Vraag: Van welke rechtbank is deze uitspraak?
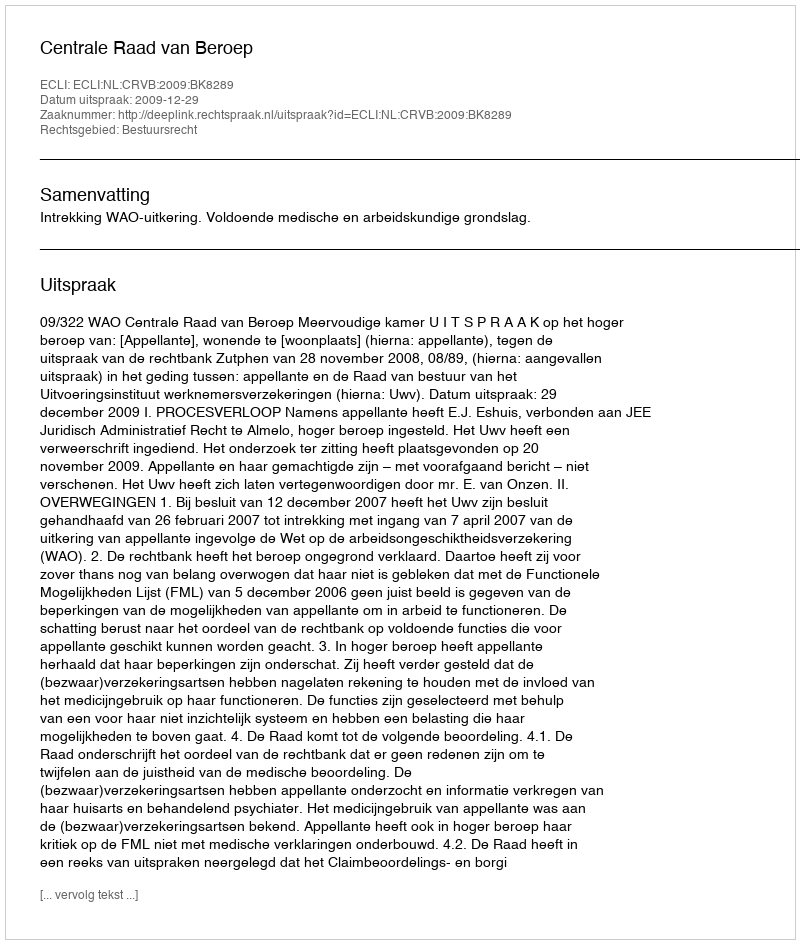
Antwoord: Centrale Raad van Beroep